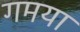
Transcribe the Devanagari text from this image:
गमया